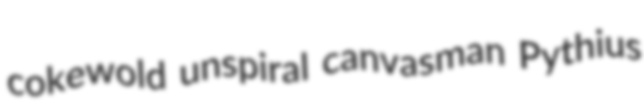
cokewold unspiral canvasman Pythius